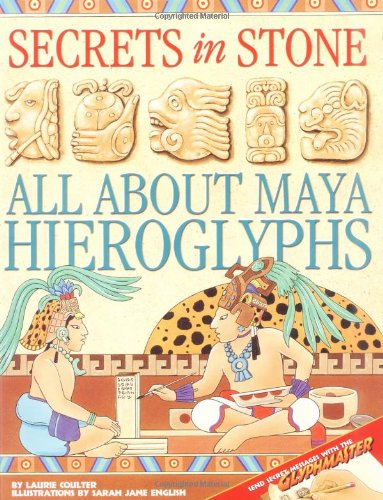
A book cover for Secrets in Stone : All About Maya Hieroglyphics; Laurie Coulter; Children's Books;